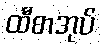
ထီစာအုပ်